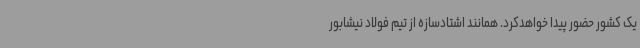
یک کشور حضور پیدا خواهدکرد. همانند اشتادسازه از تیم فولاد نیشابور